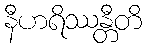
နီဟရိဿန္တီတိ